Vaccination in Burma 1920-1933 - 1920-1933
Year: 1920
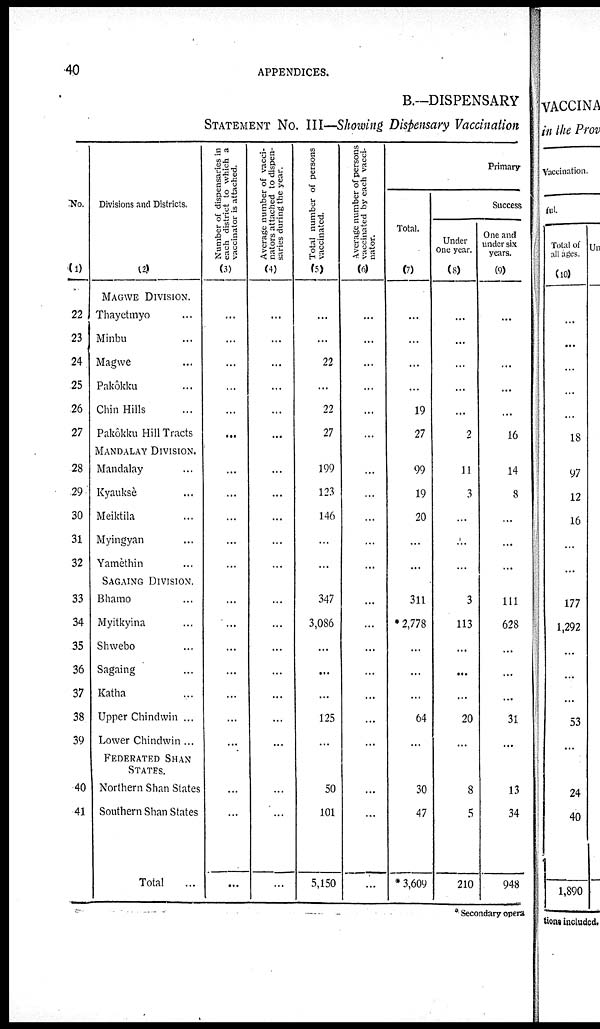
40
APPENDICES.
B.—DISPENSARY
STATEMENT No. III—Showing Dispensary Vaccination
No.
(1)
22
23
24
25
26
27
28
29
30
31
32
33
34
35
36
37
38
39
40
41
Divisions and Districts.
(2)
MAGWE DIVISION.
Thayetmyo ...
Minbu ...
Magwe ...
Pakôkku ...
Chin Hills ...
Pakôkku Hill Tracts
MANDALAY DIVISION.
Mandalay ...
Kyauksè ...
Meiktila ...
Myingyan ...
Yamèthin ...
SAGAING DIVISION.
Bhamo ...
Myitkyina ...
Shwebo ...
Sagaing ...
Katha ...
Upper Chindwin ...
Lower Chindwin ...
FEDERATED SHAN
STATES.
Northern Shan States
Southern Shan States
Total ...
Number of dispensaries in
each district to which a
vaccinator is attached.
(3)
...
...
...
...
...
...
...
...
...
...
...
...
...
...
...
...
...
...
...
...
...
Average number of vacci-
nators attached to dispen-
saries during the year.
(4)
...
...
...
...
...
...
...
...
...
...
...
...
...
...
...
...
...
...
...
...
...
Total number of persons
vaccinated.
(5)
...
...
22
...
22
27
199
123
146
...
...
347
3,086
...
...
...
125
...
50
101
5,150
Average number of persons
vaccinated by each vacci-
nator.
(6)
...
...
...
...
...
...
...
...
...
...
...
...
...
...
...
...
...
...
...
...
Primary
Total.
(7)
...
...
...
...
19
27
99
19
20
...
...
311
*2,778
...
...
...
64
...
30
47
*3,609
Success
Under
One year.
(8)
...
...
...
...
...
2
11
3
...
...
...
3
113
...
...
...
20
...
8
5
210
One and
under six
years.
(9)
...
...
...
...
...
16
14
8
...
...
...
111
628
...
...
...
31
...
13
34
948
* Secondary opera